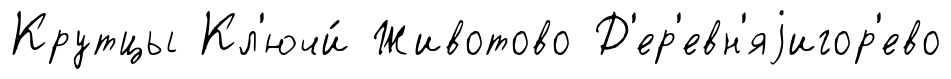
Крутцы Кл'ючи́ Животово Д'ер'евн'яjигор'ево